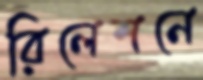
রিলেশনে